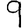
Digit: 9